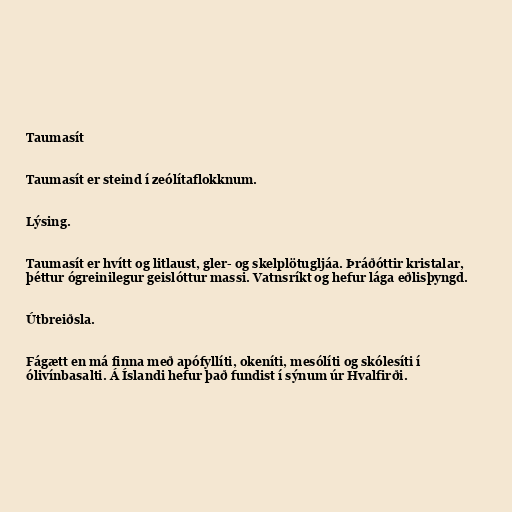
Taumasít

Taumasít er steind í zeólítaflokknum.

Lýsing.

Taumasít er hvítt og litlaust, gler- og skelplötugljáa. Þráðóttir kristalar,
þéttur ógreinilegur geislóttur massi. Vatnsríkt og hefur lága eðlisþyngd.

Útbreiðsla.

Fágætt en má finna með apófyllíti, okeníti, mesólíti og skólesíti í
ólivínbasalti. Á Íslandi hefur það fundist í sýnum úr Hvalfirði.